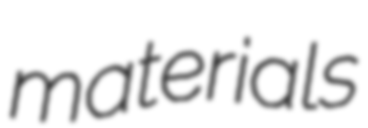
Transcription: materials